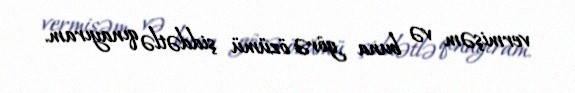
vermişəm və buna görə özümü şiddətlə qınayıram.